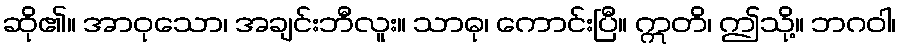
ဆို၏။ အာဝုသော၊ အချင်းဘီလူး။ သာဓု၊ ကောင်းပြီ။ ဣတိ၊ ဤသို့။ ဘဂဝါ၊